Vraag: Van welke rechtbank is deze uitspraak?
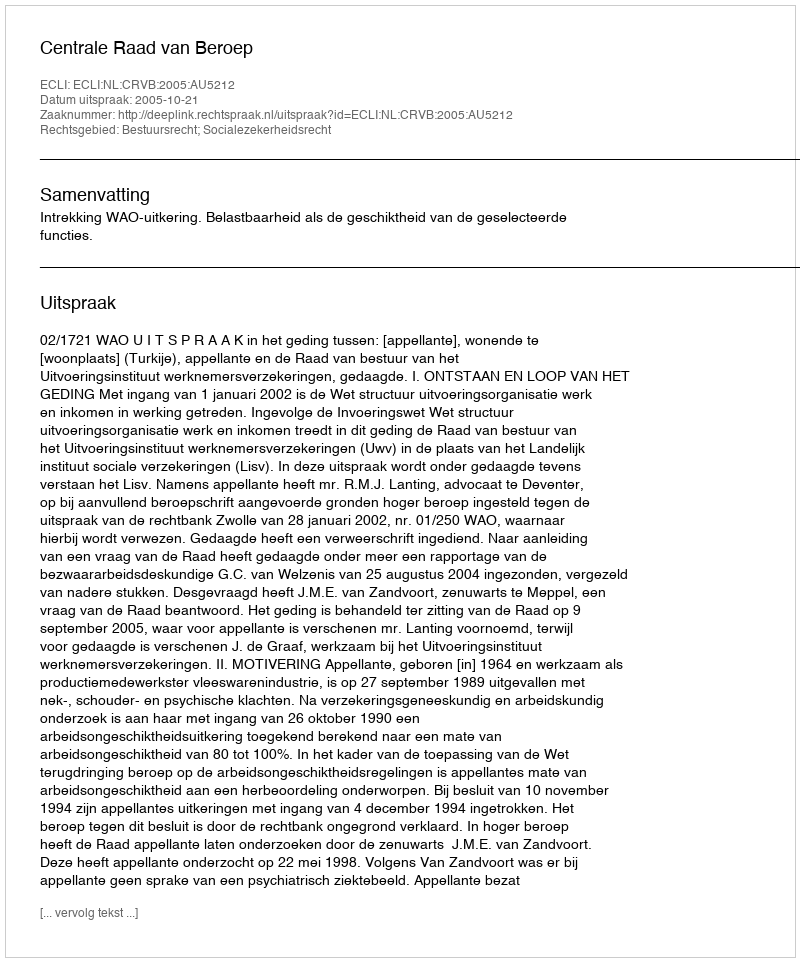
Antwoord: Centrale Raad van Beroep